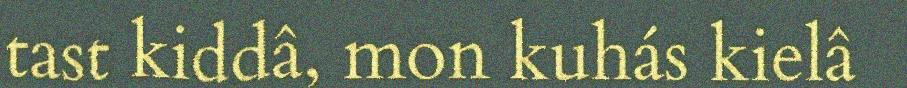
tast kiddâ, mon kuhás kielâ